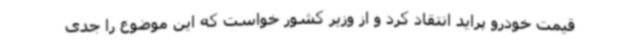
قیمت خودرو پراید انتقاد کرد و از وزیر کشور خواست که این موضوع را جدی